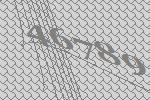
46789